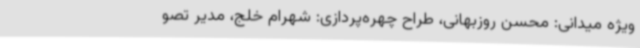
ویژه میدانی: محسن روزبهانی، طراح چهره‌پردازی: شهرام خلج، مدیر تصو